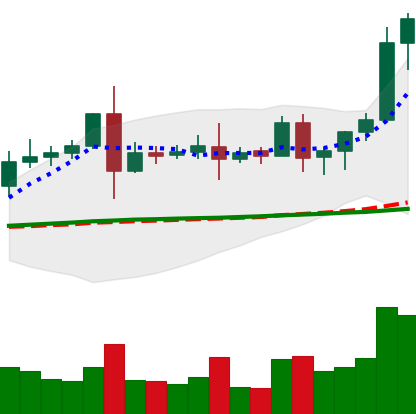
Ticker: EOS-USD
Chart end date: 2020-08-16
Forward return: -15.805%
Label: down_7plus